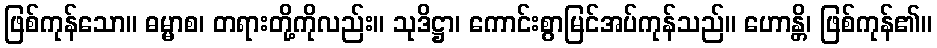
ဖြစ်ကုန်သော။ ဓမ္မာစ၊ တရားတို့ကိုလည်း။ သုဒိဋ္ဌာ၊ ကောင်းစွာမြင်အပ်ကုန်သည်။ ဟောန္တိ၊ ဖြစ်ကုန်၏။